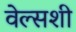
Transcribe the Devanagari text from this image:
वेल्सशी